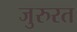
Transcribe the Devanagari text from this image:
जुरुरत